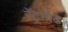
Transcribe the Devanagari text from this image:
रॅट्रोग्रेड